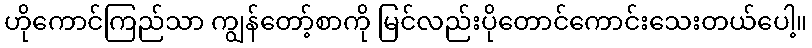
ဟိုကောင်ကြည်သာ ကျွန်တော့်စာကို မြင်လည်းပိုတောင်ကောင်းသေးတယ်ပေါ့။